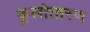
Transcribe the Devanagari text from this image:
कुलोतारण